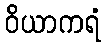
ဝိယာကရံ